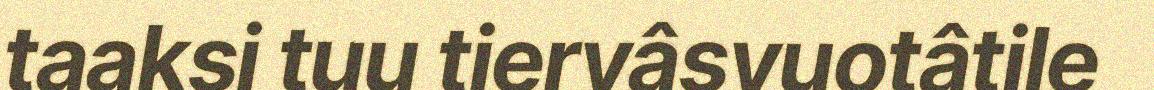
taaksi tuu tiervâsvuotâtile